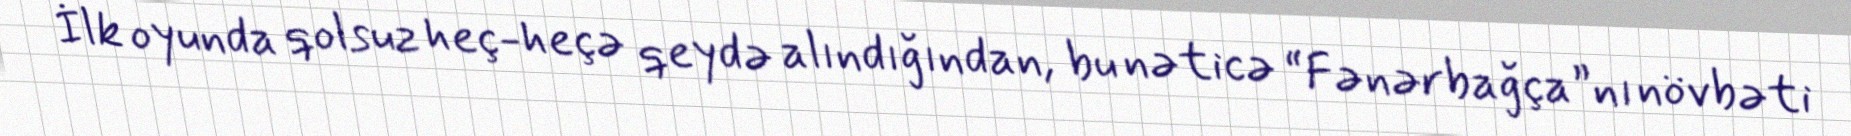
İlk oyunda qolsuz heç-heçə qeydə alındığından, bu nəticə “Fənərbağça”nı növbəti